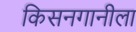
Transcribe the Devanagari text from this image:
किसनगानीला